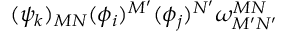
( \psi _ { k } ) _ { M N } ( \phi _ { i } ) ^ { M ^ { \prime } } ( \phi _ { j } ) ^ { N ^ { \prime } } \omega _ { M ^ { \prime } N ^ { \prime } } ^ { M N }